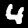
Digit: 4